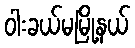
ဝါးခယ်မမြို့နယ်